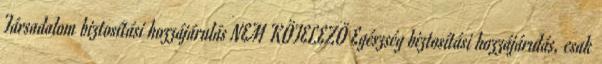
Társadalom biztosítási hozzájárulás NEM KÖTELEZÖ Egészség biztosítási hozzájárulás, csak